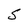
Character: S